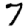
Digit: 7